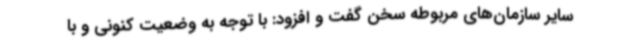
سایر سازمان‌های مربوطه سخن گفت و افزود: با توجه به وضعیت کنونی و با